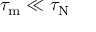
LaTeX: \tau _ { \mathrm { m } } \ll \tau _ { \mathrm { N } }